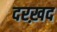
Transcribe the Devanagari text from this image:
दरख़द